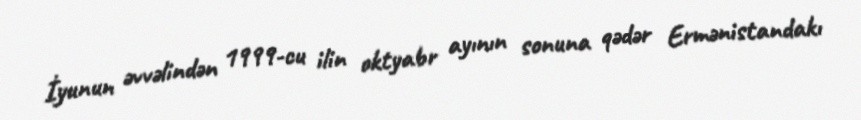
İyunun əvvəlindən 1999-cu ilin oktyabr ayının sonuna qədər Ermənistandakı